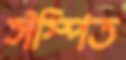
ঈস্পিত